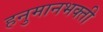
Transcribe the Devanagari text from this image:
हनुमानभक्ती